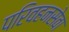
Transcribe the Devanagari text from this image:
परिवहनसेवा